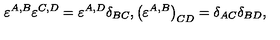
\varepsilon ^ { A , B } \varepsilon ^ { C , D } = \varepsilon ^ { A , D } \delta _ { B C } , \left( \varepsilon ^ { A , B } \right) _ { C D } = \delta _ { A C } \delta _ { B D } ,